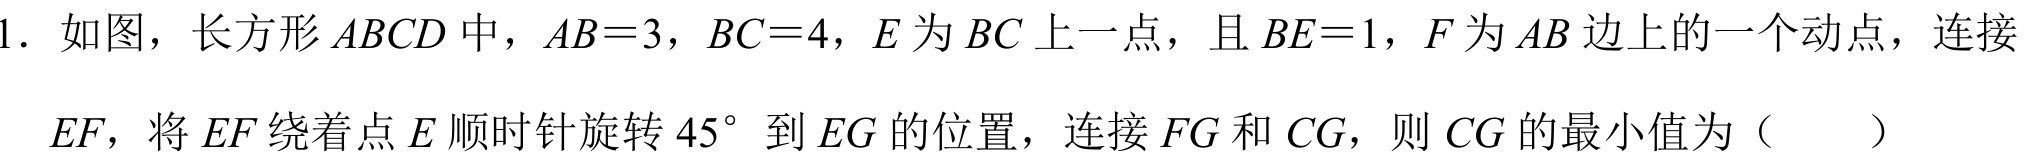
1. 如图，长方形\(ABCD\)中，\(AB = 3\)，\(BC = 4\)，\(E\)为\(BC\)上一点，且\(BE = 1\)，\(F\)为\(AB\)边上的一个动点，连接
\(EF\)，将\(EF\)绕着点\(E\)顺时针旋转\(45^{\circ}\)到\(EG\)的位置，连接\(FG\)和\(CG\)，则\(CG\)的最小值为（  ）